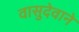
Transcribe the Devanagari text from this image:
वासुदेवाने